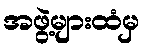
အဖွဲ့များထံမှ